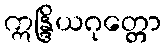
ဣန္ဒြိယဂုတ္တော